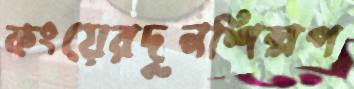
কংয়েরদুনশিল্পপ